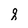
Character: q